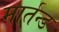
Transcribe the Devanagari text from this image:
मार्तन्ड